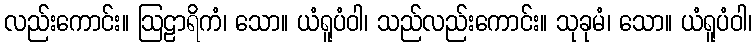
လည်းကောင်း။ ဩဠာရိကံ၊ သော။ ယံရူပံဝါ၊ သည်လည်းကောင်း။ သုခုမံ၊ သော။ ယံရူပံဝါ၊